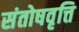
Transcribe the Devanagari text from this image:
संतोषवृत्ति